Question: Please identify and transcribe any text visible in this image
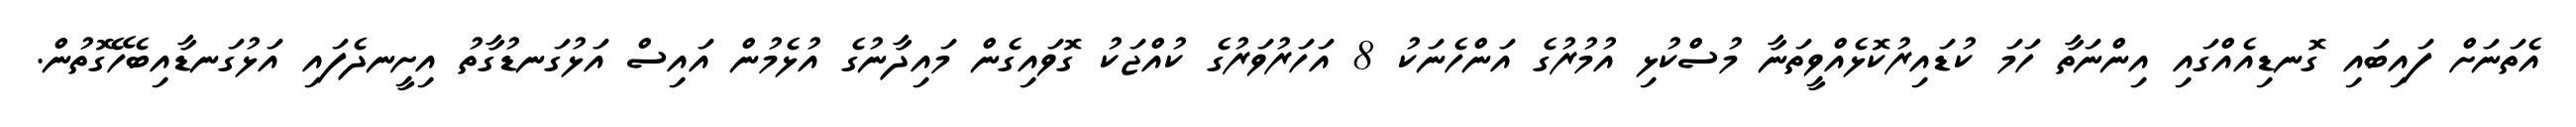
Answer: އެތަނަށް ފައިބައި ގޮނޑިއެއްގައި އިންނަތާ ހަމަ ކުޑައިރުކޮޅެއްވީތަނާ މުސްކުޅި އުމުރުގެ އަންހެނަކު 8 އަހަރުވަރުގެ ކުއްޖަކު ގޮވައިގެން މައިދާނުގެ އުޅެމުން އައިސް އަޅުގަނޑުގާތު އިށީނދެފައި އަޅުގަނޑާއިބެހޭގޮތުން.